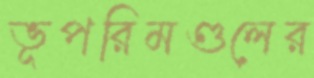
ভূপরিমণ্ডলের